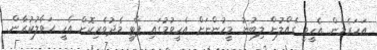
އަހަރެމެން އެހީވީ ގެއްލުން ލިބުނު މީހުންނަށް އެހީވުމުގައި ޕާޓީ މެދުވެރިކޮށް އެހީ ޙަވާލުކުރާން.